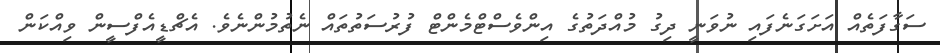
ސަގާފަތެއް އަށަގަނެފައި ނުވަނީ ދިގު މުއްދަތުގެ އިންވެސްޓްމެންޓް ފުރުސަތުތައް ނެތުމުންނެވެ. އެޗްޑީއެފްސީން ވިއްކަން